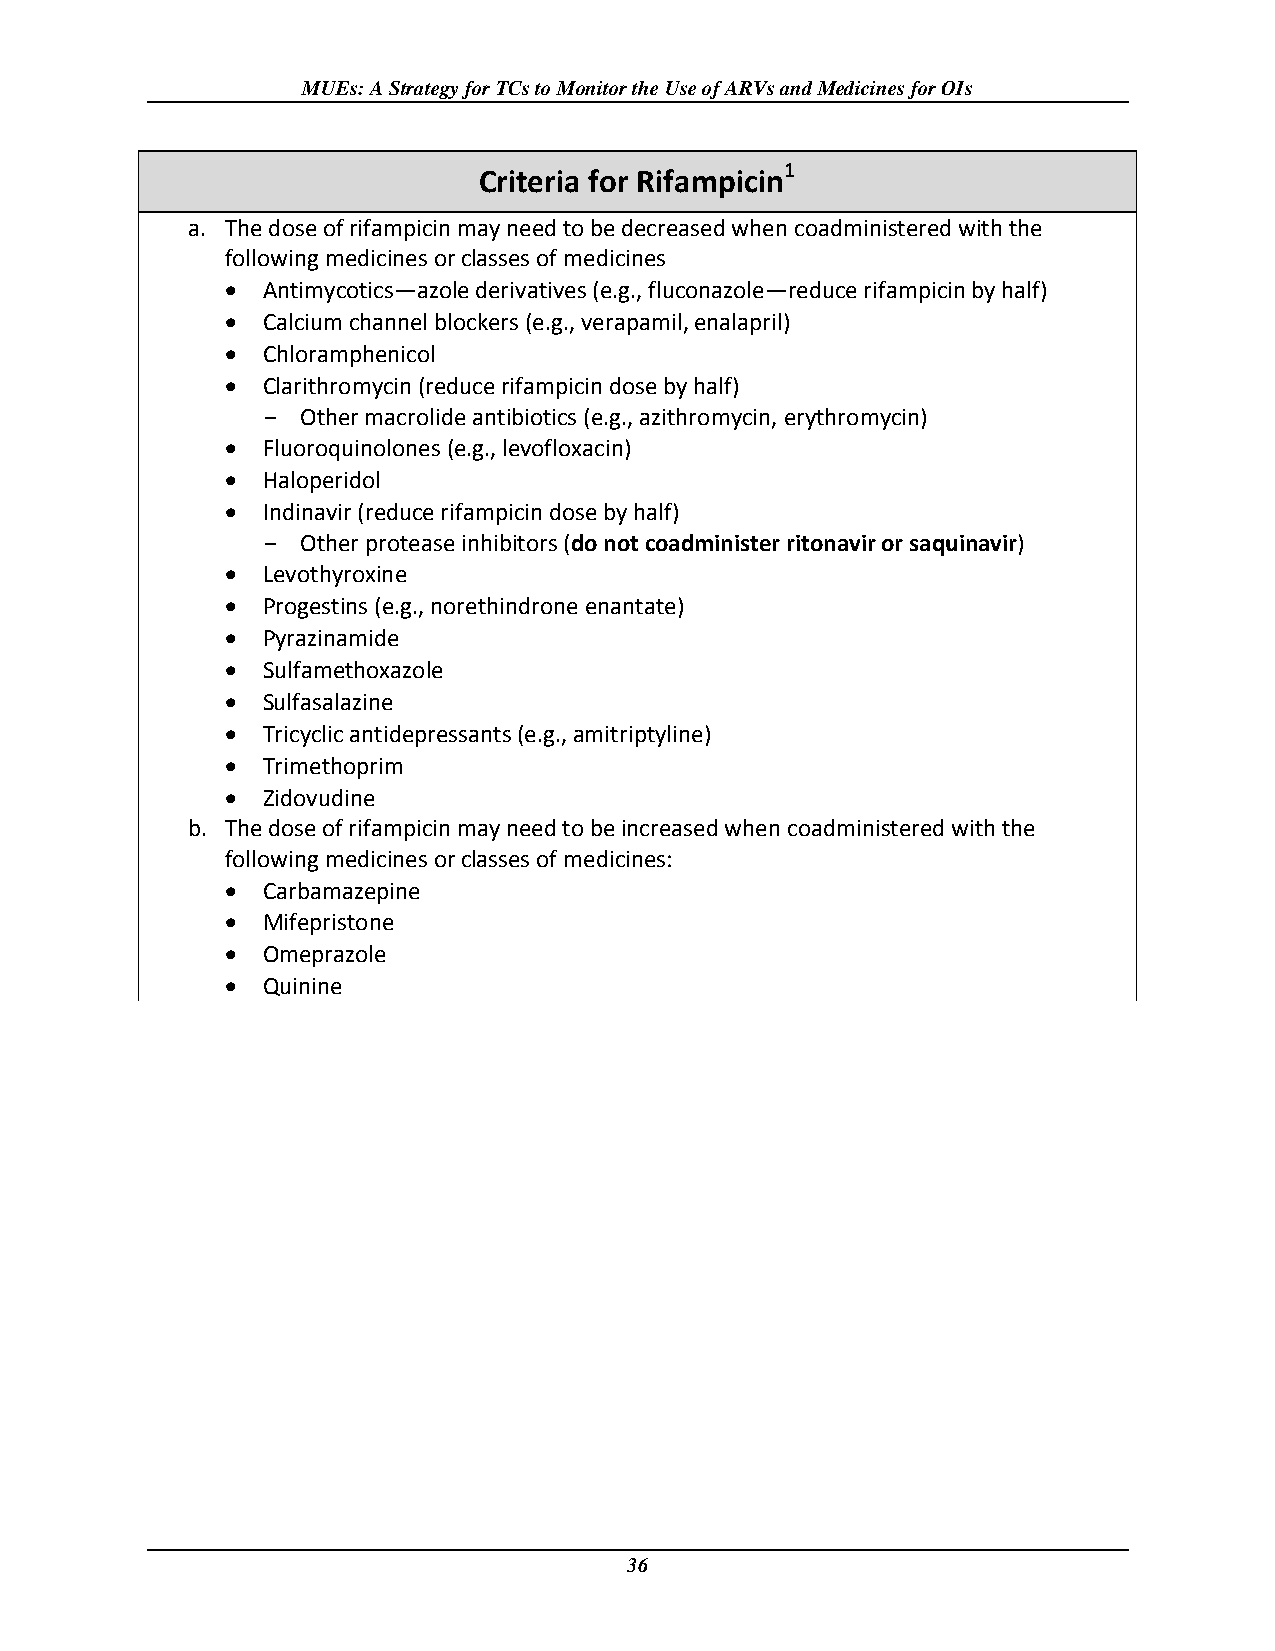
MUEs: A Strategy for TCs to Monitor the Use of ARVs and Medicines for OIs
 1
 Criteria for Rifampicin
 a. The dose of rifampicin may need to be decreased when coadministered with the
 following medicines or classes of medicines
  Antimycotics—azole derivatives (e.g., fluconazole—reduce rifampicin by half)
  Calcium channel blockers (e.g., verapamil, enalapril)
  Chloramphenicol
  Clarithromycin (reduce rifampicin dose by half)
 -  Other macrolide antibiotics (e.g., azithromycin, erythromycin)
  Fluoroquinolones (e.g., levofloxacin)
  Haloperidol
  Indinavir (reduce rifampicin dose by half)
 -  Other protease inhibitors (do not coadminister ritonavir or saquinavir)
  Levothyroxine
  Progestins (e.g., norethindrone enantate)
  Pyrazinamide
  Sulfamethoxazole
  Sulfasalazine
  Tricyclic antidepressants (e.g., amitriptyline)
  Trimethoprim
  Zidovudine
 b. The dose of rifampicin may need to be increased when coadministered with the
 following medicines or classes of medicines:
  Carbamazepine
  Mifepristone
  Omeprazole
  Quinine
 36